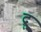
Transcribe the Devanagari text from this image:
द्रू